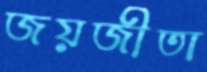
জয়জীতা